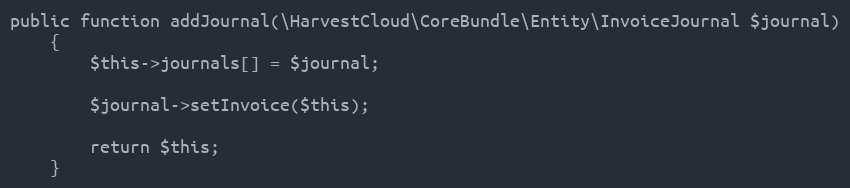
Language: PHP
public function addJournal(\HarvestCloud\CoreBundle\Entity\InvoiceJournal $journal)
    {
        $this->journals[] = $journal;

        $journal->setInvoice($this);

        return $this;
    }